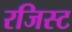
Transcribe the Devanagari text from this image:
रजिस्ट